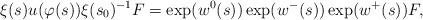
LaTeX: \begin{align*} \xi(s) u(\varphi(s)) \xi(s_0)^{-1} F = \exp(w^0(s))\exp(w^-(s))\exp(w^+(s))F,\end{align*}